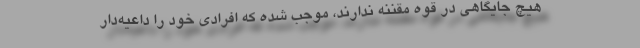
هیچ جایگاهی در قوه مقننه ندارند، موجب شده که افرادی خود را داعیه‌دار